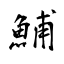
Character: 鯆